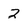
Character: 2